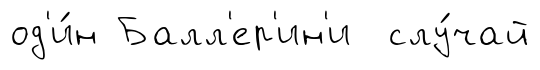
од'и́н Балл'ер'ин'и слу́чай